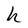
Character: h